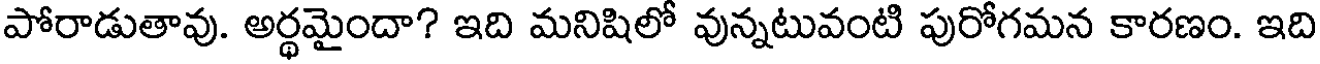
పోరాడుతావు. అర్ధమైందా? ఇది మనిషిలో వున్నటువంటి పురోగమన కారణం. ఇది